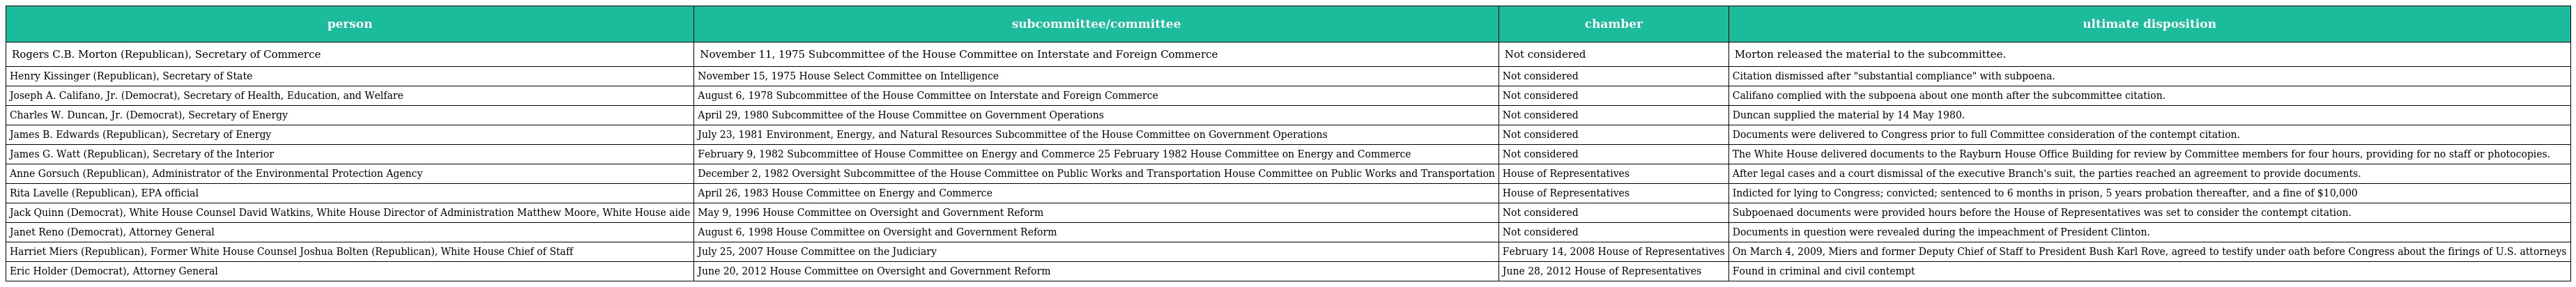
| person | subcommittee/committee | chamber | ultimate disposition |
 | --- | --- | --- | --- |
 | Rogers C.B. Morton (Republican), Secretary of Commerce | November 11, 1975 Subcommittee of the House Committee on Interstate and Foreign Commerce | Not considered | Morton released the material to the subcommittee. |
 | Henry Kissinger (Republican), Secretary of State | November 15, 1975 House Select Committee on Intelligence | Not considered | Citation dismissed after "substantial compliance" with subpoena. |
 | Joseph A. Califano, Jr. (Democrat), Secretary of Health, Education, and Welfare | August 6, 1978 Subcommittee of the House Committee on Interstate and Foreign Commerce | Not considered | Califano complied with the subpoena about one month after the subcommittee citation. |
 | Charles W. Duncan, Jr. (Democrat), Secretary of Energy | April 29, 1980 Subcommittee of the House Committee on Government Operations | Not considered | Duncan supplied the material by 14 May 1980. |
 | James B. Edwards (Republican), Secretary of Energy | July 23, 1981 Environment, Energy, and Natural Resources Subcommittee of the House Committee on Government Operations | Not considered | Documents were delivered to Congress prior to full Committee consideration of the contempt citation. |
 | James G. Watt (Republican), Secretary of the Interior | February 9, 1982 Subcommittee of House Committee on Energy and Commerce 25 February 1982 House Committee on Energy and Commerce | Not considered | The White House delivered documents to the Rayburn House Office Building for review by Committee members for four hours, providing for no staff or photocopies. |
 | Anne Gorsuch (Republican), Administrator of the Environmental Protection Agency | December 2, 1982 Oversight Subcommittee of the House Committee on Public Works and Transportation House Committee on Public Works and Transportation | House of Representatives | After legal cases and a court dismissal of the executive Branch's suit, the parties reached an agreement to provide documents. |
 | Rita Lavelle (Republican), EPA official | April 26, 1983 House Committee on Energy and Commerce | House of Representatives | Indicted for lying to Congress; convicted; sentenced to 6 months in prison, 5 years probation thereafter, and a fine of $10,000 |
 | Jack Quinn (Democrat), White House Counsel David Watkins, White House Director of Administration Matthew Moore, White House aide | May 9, 1996 House Committee on Oversight and Government Reform | Not considered | Subpoenaed documents were provided hours before the House of Representatives was set to consider the contempt citation. |
 | Janet Reno (Democrat), Attorney General | August 6, 1998 House Committee on Oversight and Government Reform | Not considered | Documents in question were revealed during the impeachment of President Clinton. |
 | Harriet Miers (Republican), Former White House Counsel Joshua Bolten (Republican), White House Chief of Staff | July 25, 2007 House Committee on the Judiciary | February 14, 2008 House of Representatives | On March 4, 2009, Miers and former Deputy Chief of Staff to President Bush Karl Rove, agreed to testify under oath before Congress about the firings of U.S. attorneys |
 | Eric Holder (Democrat), Attorney General | June 20, 2012 House Committee on Oversight and Government Reform | June 28, 2012 House of Representatives | Found in criminal and civil contempt |